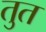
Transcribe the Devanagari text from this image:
तुत